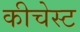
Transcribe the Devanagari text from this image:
कीचेस्ट